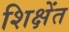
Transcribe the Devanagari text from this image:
शिक्षेंत